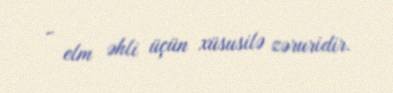
- elm əhli üçün xüsusilə zəruridir.